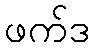
ဖက်ဒ